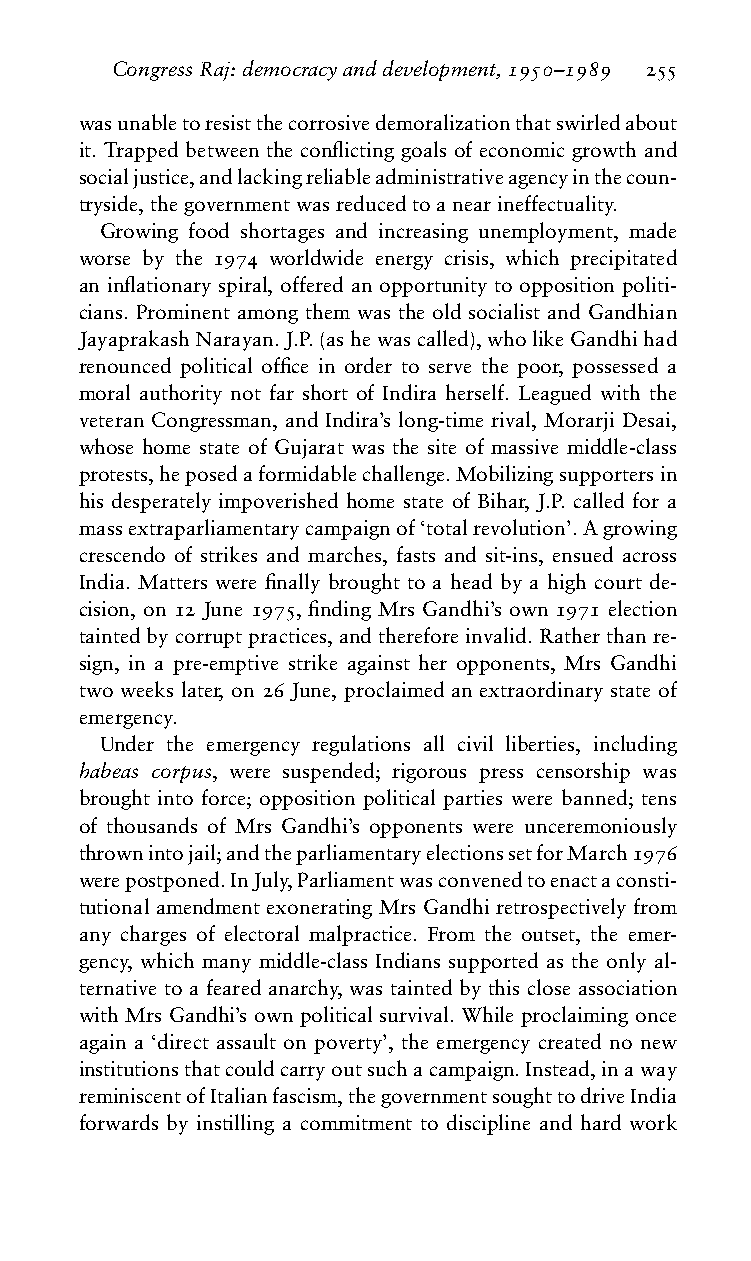
CongressRaj:democracyanddevelopment,1950–1989 255
 wasunabletoresistthecorrosivedemoralizationthatswirledabout
 it. Trapped between the conflicting goals of economic growth and
 socialjustice,andlackingreliableadministrativeagencyinthecoun-
 tryside,thegovernmentwasreducedtoanearineffectuality.
 Growing food shortages and increasing unemployment, made
 worse by the 1974 worldwide energy crisis, which precipitated
 an inflationary spiral, offered an opportunity to opposition politi-
 cians. Prominent among them was the old socialist and Gandhian
 JayaprakashNarayan.J.P.(ashewascalled),wholikeGandhihad
 renounced political office in order to serve the poor, possessed a
 moral authority not far short of Indira herself. Leagued with the
 veteran Congressman, and Indira’s long-time rival, Morarji Desai,
 whose home state of Gujarat was the site of massive middle-class
 protests,heposedaformidablechallenge.Mobilizingsupportersin
 his desperately impoverished home state of Bihar, J.P. called for a
 massextraparliamentarycampaignof‘totalrevolution’.Agrowing
 crescendo of strikes and marches, fasts and sit-ins, ensued across
 India. Matters were finally brought to a head by a high court de-
 cision, on 12 June 1975, finding Mrs Gandhi’s own 1971 election
 taintedbycorruptpractices,andthereforeinvalid.Ratherthanre-
 sign, in a pre-emptive strike against her opponents, Mrs Gandhi
 two weeks later, on 26 June, proclaimed an extraordinary state of
 emergency.
 Under the emergency regulations all civil liberties, including
 habeas corpus, were suspended; rigorous press censorship was
 brought into force; opposition political parties were banned; tens
 of thousands of Mrs Gandhi’s opponents were unceremoniously
 thrownintojail;andtheparliamentaryelectionssetforMarch1976
 werepostponed.InJuly,Parliamentwasconvenedtoenactaconsti-
 tutional amendment exonerating Mrs Gandhi retrospectively from
 any charges of electoral malpractice. From the outset, the emer-
 gency, which many middle-class Indians supported as the only al-
 ternative to a feared anarchy, was tainted by this close association
 with Mrs Gandhi’s own political survival. While proclaiming once
 again a ‘direct assault on poverty’, the emergency created no new
 institutionsthatcouldcarryoutsuchacampaign.Instead,inaway
 reminiscentofItalianfascism,thegovernmentsoughttodriveIndia
 forwards by instilling a commitment to discipline and hard work